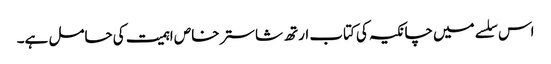
اس سلسے میں چانکیہ کی کتاب ارتھ شاستر خاص اہمیت کی حامل ہے۔